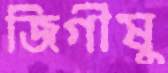
জিগীষু